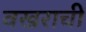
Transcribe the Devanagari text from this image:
वखराची